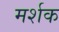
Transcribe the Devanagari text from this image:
मर्शक